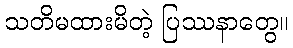
သတိမထားမိတဲ့ ပြဿနာတွေ။